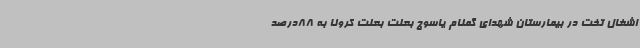
اشغال تخت در بیمارستان شهدای گمنام یاسوج بعلت بعلت کرونا به 88درصد